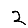
Digit: 2